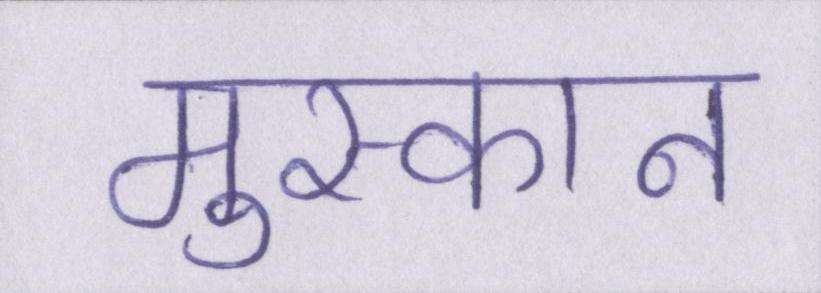
मुस्कान